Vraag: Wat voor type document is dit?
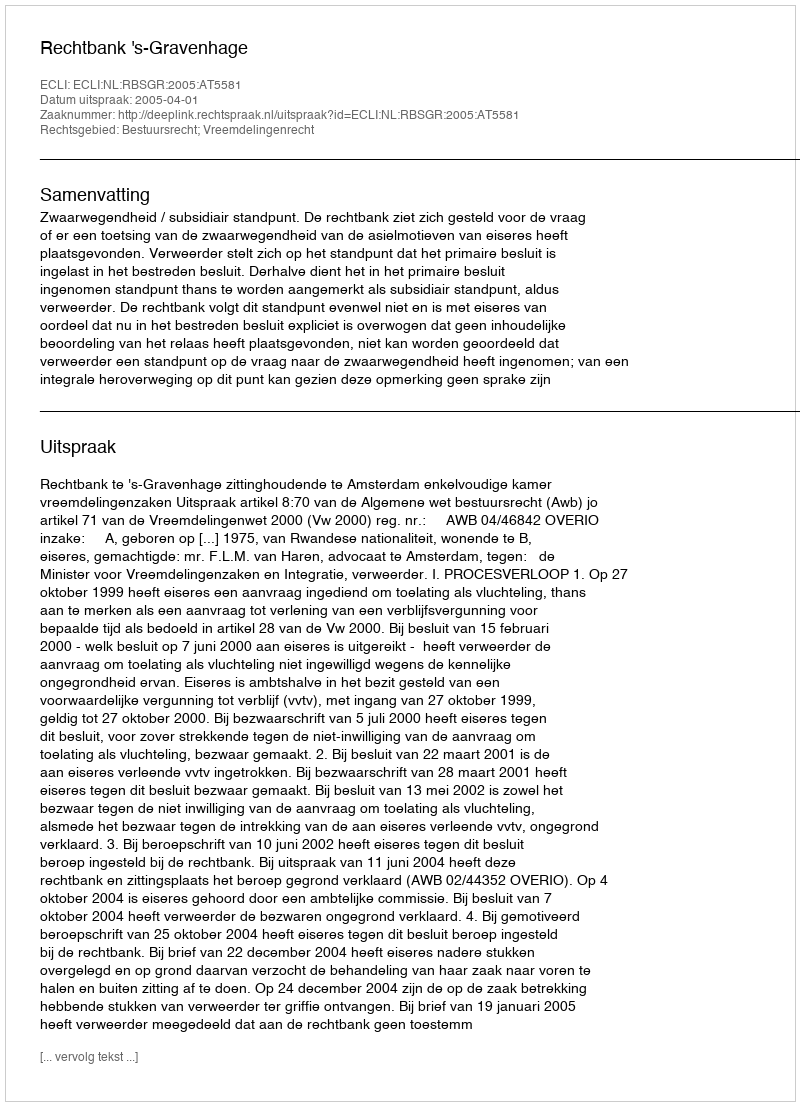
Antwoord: Uitspraak